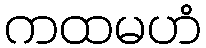
ကထမဟံ